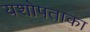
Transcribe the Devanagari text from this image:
यशोपताका